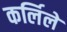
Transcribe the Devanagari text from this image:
कर्लिले